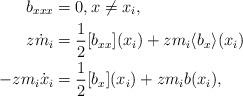
LaTeX: \begin{align*}b_{xxx}&=0, x\neq x_i, \\z\dot m_i &=\frac12 [b_{xx}](x_i)+zm_i \langle b_x\rangle(x_i) \\-z m_i \dot x_i&=\frac12[b_x](x_i)+zm_ib(x_i) , \end{align*}